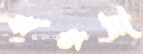
বাসরী